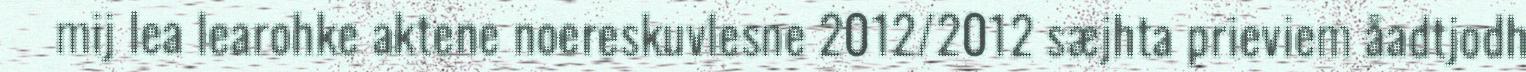
mij lea learohke aktene noereskuvlesne 2012/2012 sæjhta prieviem åadtjodh